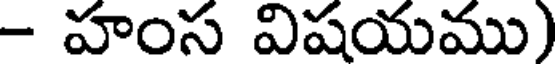
- హంస విషయము)